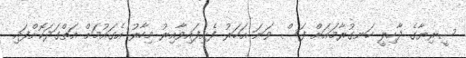
ސީރިޔާގެ ދާހިލީ ހަނގުރާމައަށް ފަސް ވަނަ އަހަރު ފެށިފައިވާއިރު މިހާރު އެގައުމަށް އަތްގަދަކޮށްފައި